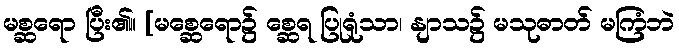
မစ္ဆရော ပြီး၏။ [မစ္ဆေရော၌ စ္ဆေရ ပြုရုံသာ၊ နျာသ၌ မသုဓာတ် မကြံဘဲ